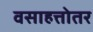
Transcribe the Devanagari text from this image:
वसाहत्तोतर